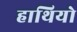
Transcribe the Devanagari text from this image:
हाथियो